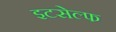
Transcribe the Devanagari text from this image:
इटसेल्फ